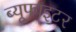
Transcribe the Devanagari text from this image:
ब्यूफाइटर